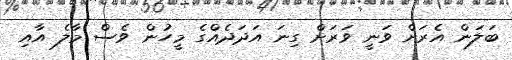
ބަލަން އެރަށް ވަނީ ވަރަށް ގިނަ އަދަދެއްގެ މީހުން ވެސް މާލެ އާއި